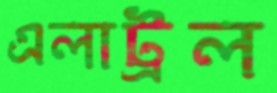
এলাট্রল